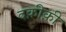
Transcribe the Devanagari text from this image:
दक़ीक़ी